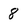
Character: 8